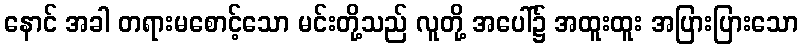
နောင် အခါ တရားမစောင့်သော မင်းတို့သည် လူတို့ အပေါ်၌ အထူးထူး အပြားပြားသော